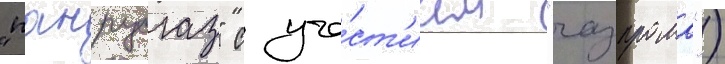
"панрусгаз" с уча́ст'ием "газпрома")